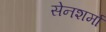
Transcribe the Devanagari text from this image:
सेनशर्मा